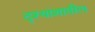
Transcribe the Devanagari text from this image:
दृश्यांशातील